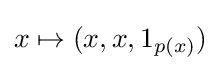
x\mapsto (x,x,1_{p(x)})